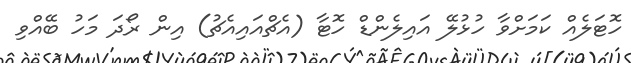
ހޮޓަލެއް ކަމަށްވާ ހުޅުލޭ އައިލެންޑް ހޮޓާ (އެޗްއައިއެޗު) އިން ރޯދަ މަހު ބޭއްވި